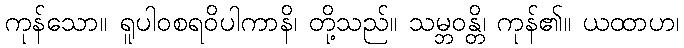
ကုန်သော။ ရူပါဝစရဝိပါကာနိ၊ တို့သည်။ သမ္ဘဝန္တိ၊ ကုန်၏။ ယထာဟ၊